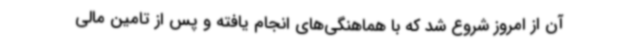
آن از امروز شروع شد که با هماهنگی‌های انجام یافته و پس از تامین مالی